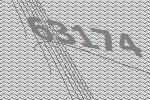
63174